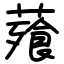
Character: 薞